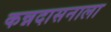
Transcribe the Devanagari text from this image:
कन्नदासनाला